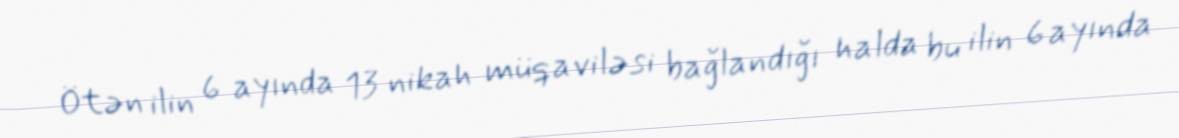
Ötən ilin 6 ayında 13 nikah müqaviləsi bağlandığı halda bu ilin 6 ayında